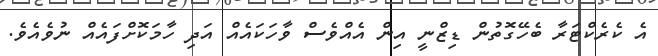
އެ ކެރެކްޓަރާ ބެހޭގޮތުން ޑިޒްނީ އިން އެއްވެސް ވާހަކައެއް އަދި ހާމަކޮށްފައެއް ނުވެއެވެ.